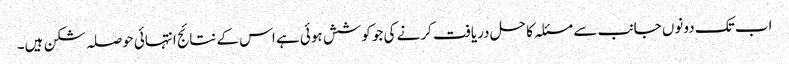
اب تک دونوں جانب سے مسئلہ کا حل دریافت کرنے کی جو کوشش ہوئی ہے اس کے نتائج انتہائی حوصلہ شکن ہیں۔